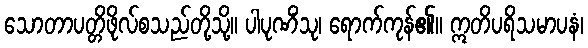
သောတာပတ္တိဖိုလ်စသည်တို့သို့။ ပါပုဏိံသု၊ ရောက်ကုန်၏။ ဣတိပရိသမာပနံ၊